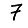
Digit: 7